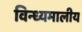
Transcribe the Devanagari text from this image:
विन्ध्यमालीय